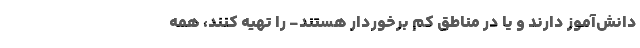
دانش‌آموز دارند و یا در مناطق کم برخوردار هستند- را تهیه کنند، همه